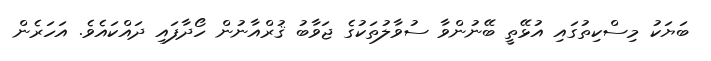
ބަޔަކު މިސްކިތުގައި އުޅޭތީ ބޭނުންވާ ސުވާލުތަކުގެ ޖަވާބު ޤުރްއާނުން ހޯދާފައި ދައްކައެވެ. އަހަރެން